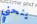
ينحني